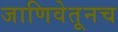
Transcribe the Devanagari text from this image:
जाणिवेतूनच